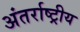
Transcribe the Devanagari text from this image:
अंतर्राष्ट्रीय